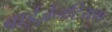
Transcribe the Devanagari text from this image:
बाईज़ेनटियम